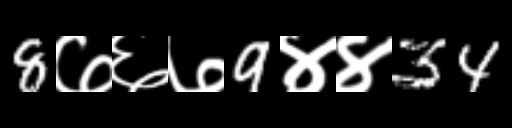
Text: 8७६७9४४34